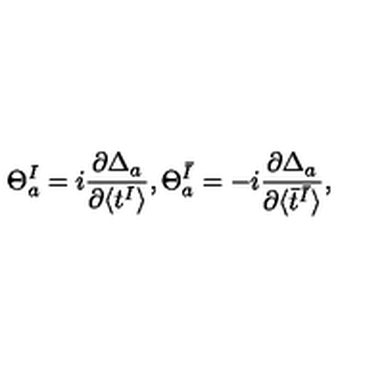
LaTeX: \Theta _ { a } ^ { I } = i \frac { \partial \Delta _ { a } } { \partial \langle t ^ { I } \rangle } , \Theta _ { a } ^ { \bar { I } } = - i \frac { \partial \Delta _ { a } } { \partial \langle \bar { t } ^ { \bar { I } } \rangle } ,